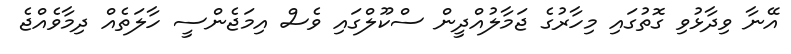
އޭނާ ވިދާޅުވި ގޮތުގައި މިހާރުގެ ޖަމާލުއްދީން ސްކޫލްގައި ވެސް އިމަޖެންސީ ހާލަތެއް ދިމާވެއްޖެ